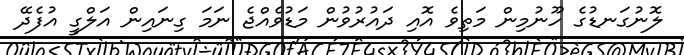
ލޮނުގަނޑުގެ ހޫނުމިން މަތިވެ އޮއި ދައުރުވުން މަޑުވެއްޖެ ނަމަ ގިނައިން އަލްގީ އުފެދޭ